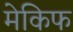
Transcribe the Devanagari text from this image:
मेकिफ